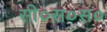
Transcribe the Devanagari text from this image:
सी०स०सं०